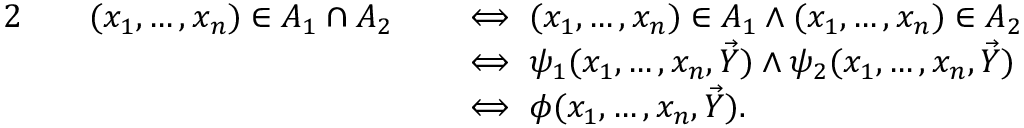
{ \begin{array} { r l r l } { { 2 } \quad } & { ( x _ { 1 } , \ldots , x _ { n } ) \in A _ { 1 } \cap A _ { 2 } } & & { \iff ( x _ { 1 } , \ldots , x _ { n } ) \in A _ { 1 } \land ( x _ { 1 } , \ldots , x _ { n } ) \in A _ { 2 } } \\ & { } & & { \iff \psi _ { 1 } ( x _ { 1 } , \ldots , x _ { n } , { \vec { Y } } ) \land \psi _ { 2 } ( x _ { 1 } , \ldots , x _ { n } , { \vec { Y } } ) } \\ & { } & & { \iff \phi ( x _ { 1 } , \ldots , x _ { n } , { \vec { Y } } ) . } \end{array} }